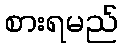
စားရမည်